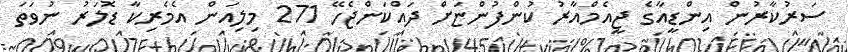
ސަރުކާރުން އިންޑީއާގެ ޖީއެމްއާރު ކުންފުންޏަށް ދައްކަންޖެހޭ 271 މިލިއަން އެމެރިކާ ޑޮލަރު ނުވަތަ